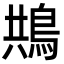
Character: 䳍